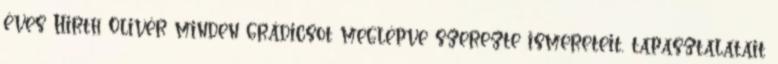
éves Hirth Olivér minden grádicsot meglépve szerezte ismereteit, tapasztalatait